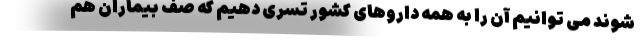
شوند می توانیم آن را به همه داروهای کشور تسری دهیم که صف بیماران هم